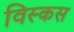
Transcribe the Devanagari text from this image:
विस्कस